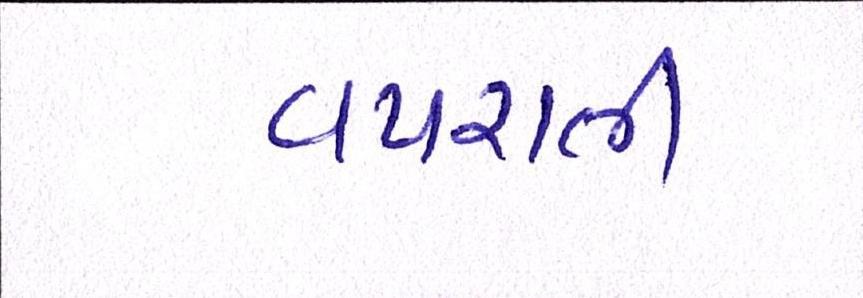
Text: વપરાતી